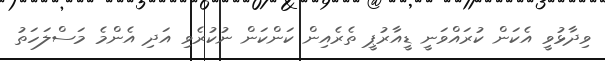
ވިދާޅުވީ އެކަން ކުރައްވަނީ ޑީއާރުޕީ ތެރެއިން ކަންކަން ނުކުރެވި އަދި އެންމެ މަސްލަހަތު